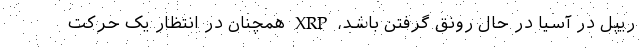
ریپل در آسیا در حال رونق گرفتن باشد، XRP همچنان در انتظار یک حرکت